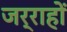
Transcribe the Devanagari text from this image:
जर्राहों